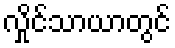
လှိုင်သာယာတွင်